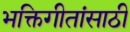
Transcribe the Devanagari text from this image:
भक्तिगीतांसाठी